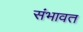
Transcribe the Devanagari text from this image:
संभावत